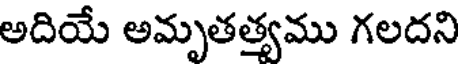
అదియే అమృతత్యము గలదని